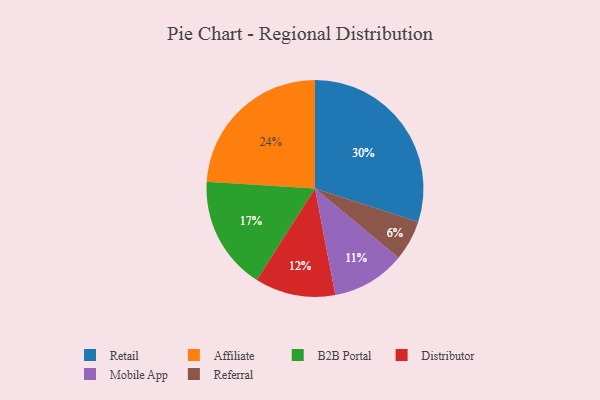
{"axis": {"x": "Category", "y": "Percentage"}, "legend": ["Affiliate", "B2B Portal", "Distributor", "Mobile App", "Referral", "Retail"], "data": [{"x": "B2B Portal", "y": 17, "type": "B2B Portal"}, {"x": "Distributor", "y": 12, "type": "Distributor"}, {"x": "Retail", "y": 30, "type": "Retail"}, {"x": "Mobile App", "y": 11, "type": "Mobile App"}, {"x": "Referral", "y": 6, "type": "Referral"}, {"x": "Affiliate", "y": 24, "type": "Affiliate"}]}